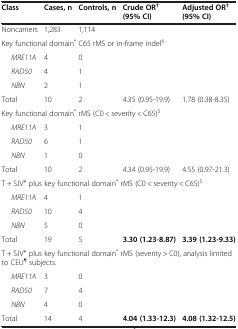
<table><thead><tr><td><b>Class</b></td><td><b>Cases, n</b></td><td><b>Controls, n</b></td><td><b>Crude OR<sup>† </sup>(95% CI)</b></td><td><b>Adjusted OR<sup>† </sup>(95% CI)</b></td></tr></thead><tbody><tr><td>Noncarriers</td><td>1,283</td><td>1,114</td><td> </td><td> </td></tr><tr><td colspan="5">Key functional domain<sup>*</sup> C65 rMS or in-frame indel<sup>§</sup></td></tr><tr><td><i>MRE11A</i></td><td>4</td><td>0</td><td> </td><td> </td></tr><tr><td><i>RAD50</i></td><td>4</td><td>1</td><td> </td><td> </td></tr><tr><td><i>NBN</i></td><td>2</td><td>1</td><td> </td><td> </td></tr><tr><td>Total</td><td>10</td><td>2</td><td>4.35 (0.95-19.9)</td><td>1.78 (0.38-8.35)</td></tr><tr><td colspan="5">Key functional domain<sup>*</sup> rMS (C0 &lt; severity &lt; C65)<sup>$</sup></td></tr><tr><td><i>MRE11A</i></td><td>3</td><td>1</td><td> </td><td> </td></tr><tr><td><i>RAD50</i></td><td>6</td><td>1</td><td> </td><td> </td></tr><tr><td><i>NBN</i></td><td>1</td><td>0</td><td> </td><td> </td></tr><tr><td>Total</td><td>10</td><td>2</td><td>4.34 (0.95-19.9)</td><td>4.55 (0.97-21.3)</td></tr><tr><td colspan="5">T + SJV<sup>¥</sup> plus key functional domain<sup>*</sup> rMS (C0 &lt; severity &lt; C65)<sup>$</sup></td></tr><tr><td><i>MRE11A</i></td><td>4</td><td>1</td><td> </td><td> </td></tr><tr><td><i>RAD50</i></td><td>10</td><td>4</td><td> </td><td> </td></tr><tr><td><i>NBN</i></td><td>5</td><td>0</td><td> </td><td> </td></tr><tr><td>Total</td><td>19</td><td>5</td><td><b>3.30 (1.23-8.87)</b></td><td><b>3.39 (1.23-9.33)</b></td></tr><tr><td colspan="5">T + SJV<sup>¥</sup> plus key functional domain<sup>*</sup> rMS (severity &gt; C0), analysis limited to CEU<sup>¶</sup> subjects.</td></tr><tr><td><i>MRE11A</i></td><td>3</td><td>0</td><td> </td><td> </td></tr><tr><td><i>RAD50</i></td><td>7</td><td>4</td><td> </td><td> </td></tr><tr><td><i>NBN</i></td><td>4</td><td>0</td><td> </td><td> </td></tr><tr><td>Total</td><td>14</td><td>4</td><td><b>4.04 (1.33-12.3)</b></td><td><b>4.08 (1.32-12.5)</b></td></tr></tbody></table>